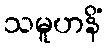
သမူဟနိံ